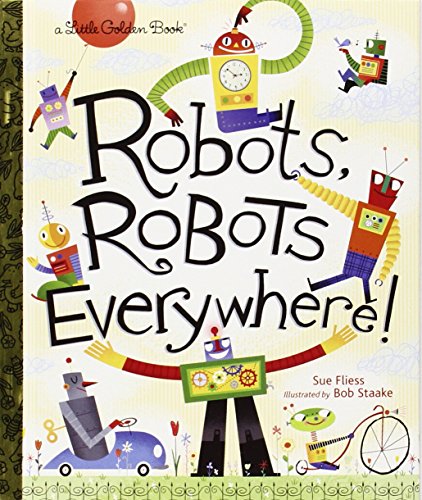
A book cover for Robots, Robots Everywhere! (Little Golden Book); Sue Fliess; Children's Books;